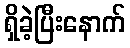
ရှိခဲ့ပြီးနောက်